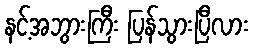
နင့်အဘွားကြီး ပြန်သွားပြီလား